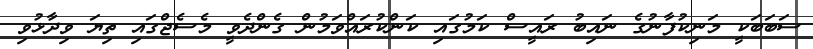
ސަބަބަކީ މަނިކުފާނުގެ ނައިބު ރައީސް ކަމުގައި ކަންކުރައްވަމުން ގެންދެވީ މެސެޖްގައި ތިޔަ ވިދާޅުވި